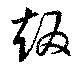
趣